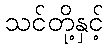
သင်တို့နှင့်